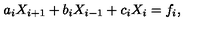
a _ { i } X _ { i + 1 } + b _ { i } X _ { i - 1 } + c _ { i } X _ { i } = f _ { i } ,